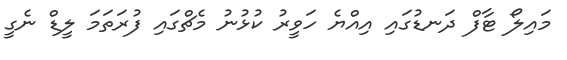
މައިލޯ ޓާފް ދަނޑުގައި އިއްޔެ ހަވީރު ކުޅުނު މެޗްގައި ފުރަތަމަ ލީޑް ނެގީ